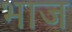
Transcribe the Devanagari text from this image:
भाज